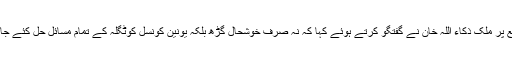
اس موقع پر ملک ذکاء اللہ خان نے گفتگو کرتے ہوئے کہا کہ نہ صرف خوشحال گڑھ بلکہ یونین کونسل کوٹگلہ کے تمام مسائل حل کئے جائیںگے۔